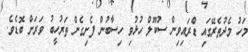
މަހު މެދުތެރޭގައި ޑްރައިވިން ސުކޫލް ހުޅުވި ހިސާބުން ފެށިގެން ތަރުހީބު ވަރަށް ބޮޑެވެ.